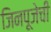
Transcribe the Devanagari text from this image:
जिनपूजेची